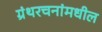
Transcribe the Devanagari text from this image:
ग्रंथरचनांमधील